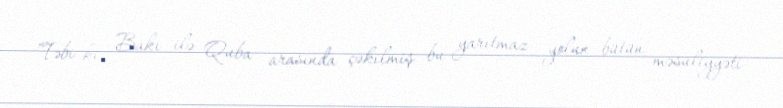
Təbi ki, Bakı ilə Quba arasında çəkilmiş bu yarıtmaz yolun bütün məsuliyyəti